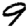
Digit: 9